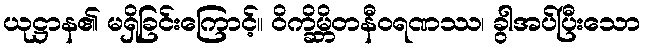
ယုဋ္ဌာန၏ မရှိခြင်းကြောင့်။ ဝိက္ခိမ္ဘိတနီဝရဏဿ၊ ခွါအပ်ပြီးသော